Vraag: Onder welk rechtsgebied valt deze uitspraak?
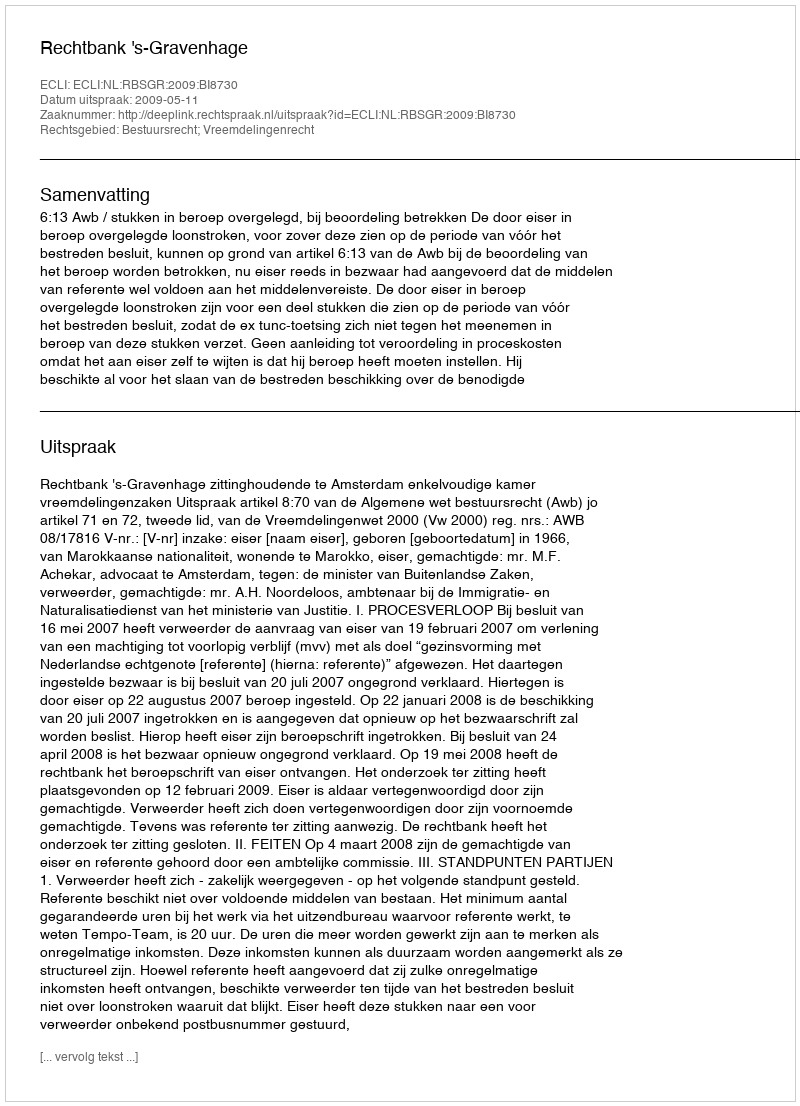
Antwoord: Bestuursrecht; Vreemdelingenrecht